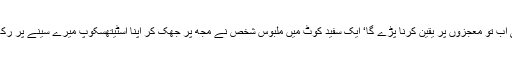
’بھئی اب تو معجزوں پر یقین کرنا پڑے گا‘ ایک سفید کوٹ میں ملبوس شخص نے مجھ پر جھک کر اپنا اسٹیتھسکوپ میرے سینے پر رکھ دیا۔